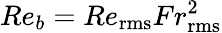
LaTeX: Re_{b}=Re_{\mathrm{rms}}Fr_{\mathrm{rms}}^{2}